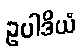
ဥပါဒိယံ